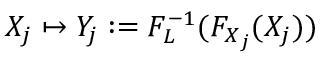
X _ { j } \mapsto Y _ { j } : = F _ { L } ^ { - 1 } ( F _ { X _ { j } } ( X _ { j } ) )